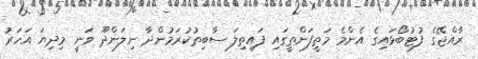
ރާއްޖޭގެ ފުޓުބޯޅައިގެ އެންމެ މަތީފަންތީގައި ފައިތިލަ ސާބިތުކުރަމުންދާ ނިލަންދޫ ވަނީ މިދިޔަ އަހަރު